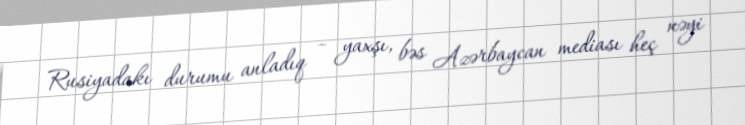
Rusiyadakı durumu anladıq – yaxşı, bəs Azərbaycan mediası heç nəyi